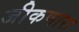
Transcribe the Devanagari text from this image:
जीकणारा